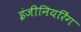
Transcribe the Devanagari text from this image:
इंजीनियरिंग